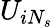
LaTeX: U_{iN_{s}}